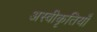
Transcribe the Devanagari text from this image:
अस्वीकृतियाँ